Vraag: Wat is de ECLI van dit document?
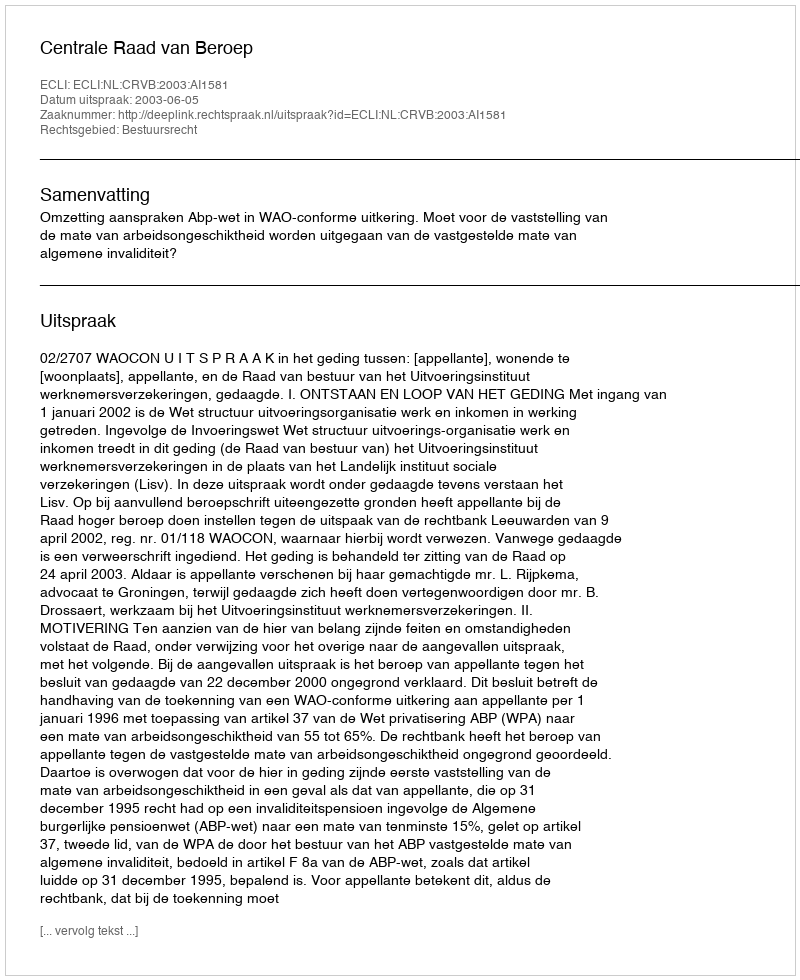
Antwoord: ECLI:NL:CRVB:2003:AI1581